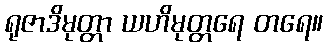
ရုဇာဒိမုတ္တာ ယဟိမုတ္တရေ တရေ။